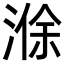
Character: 𪶢